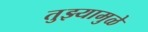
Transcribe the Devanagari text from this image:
तुझ्यामुळे